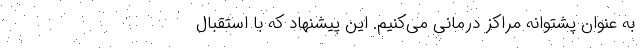
به عنوان پشتوانه مراکز درمانی می‌کنیم. این پیشنهاد که با استقبال